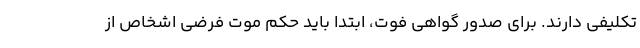
تکلیفی دارند. برای صدور گواهی فوت، ابتدا باید حکم موت فرضی اشخاص از